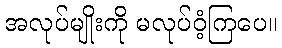
အလုပ်မျိုးကို မလုပ်ဝံ့ကြပေ။